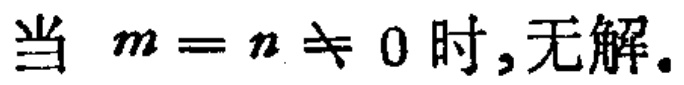
当 \(m = n \neq 0\) 时,无解.